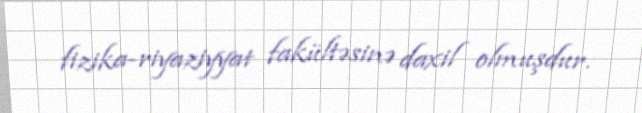
fizika-riyaziyyat fakültəsinə daxil olmuşdur.